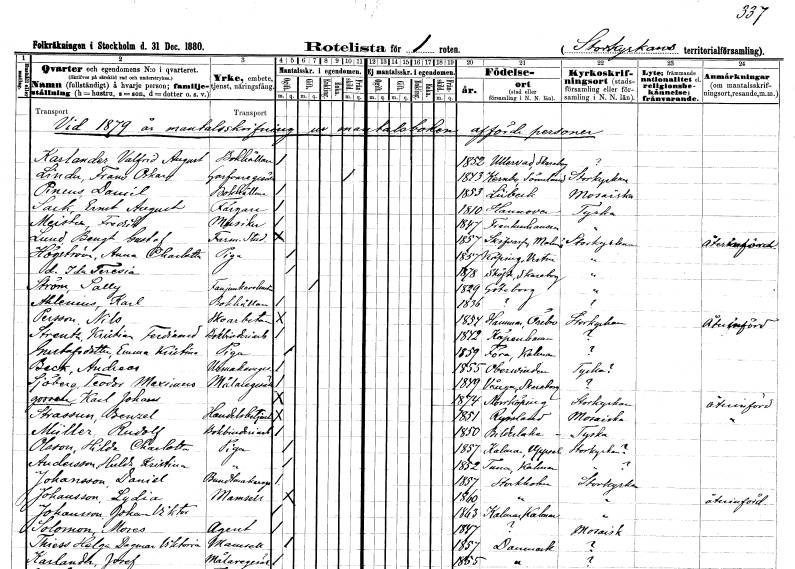
gt_parse: households: individuals: FN: Valfrid August
EN: Karlander
YRKE: Bokhållare
KON: M
CIV: O
FODAR: 1852
FODFORS: Ullervad Skaraborgs län
FN: Frans Oskar
EN: Linder
YRKE: Garvaregesäll
KON: M
CIV: X
FODAR: 1843
FODFORS: Kärnbo Södermanlands län
FN: Daniel
EN: Pineus
YRKE: Bokhållare
KON: M
CIV: O
FODAR: 1853
FN: Ernst August
EN: Sack
YRKE: Färgare
KON: M
CIV: O
FODAR: 1810
FN: Fredrik
EN: Meister
YRKE: Musiker
KON: M
CIV: O
FODAR: 1847
FN: Bengt Gustaf
EN: Lund
YRKE: Farm. student
KON: M
CIV: O
FODAR: 1857
FODFORS: Skivarp Malmöhus län
FN: Anna Charlotta
EN: Högström
YRKE: Piga
KON: K
CIV: O
FODAR: 1857
FODFORS: Köping Västmanlands län
FN: Ida Teresia
KON: K
CIV: O
FODAR: 1878
FODFORS: Skövde Skaraborgs län
FN: Sally
EN: Ström
YRKE: Fanjunkarehustru
KON: K
CIV: G
FODAR: 1829
FODFORS: Göteborg Göteborgs- och Bohuslän
FN: Karl
EN: Ahlenius
YRKE: Bokhållare
KON: M
CIV: O
FODAR: 1836
FN: Nils
EN: Persson
YRKE: Skoarbetare
KON: M
CIV: O
FODAR: 1854
FODFORS: Hammar Örebro län
FN: Kristian Ferdinand
EN: Streutz
YRKE: Bokbinderiarbetare
KON: M
CIV: O
FODAR: 1842
FN: Emma Kristina
EN: Gustafsdotter
YRKE: Piga
KON: K
CIV: O
FODAR: 1859
FODFORS: Föra Kalmar län
FN: Andreas
EN: Back
YRKE: Urmakaregesäll
KON: M
CIV: O
FODAR: 1855
FN: Teodor Maximus
EN: Sjöberg
YRKE: Målaregesäll
KON: M
CIV: O
FODAR: 1849
FODFORS: Vånga Skaraborgs län
FN: Karl Johan
KON: M
CIV: O
FODAR: 1874
FODFORS: Norrköping Östergötlands län
FN: Benzel
EN: Straussun
YRKE: Handelsbetjänt
KON: M
CIV: O
FODAR: 1851
FN: Rudolf
EN: Müller
YRKE: Bokbinderiarbetare
KON: M
CIV: O
FODAR: 1850
FN: Hilda Charlotta
EN: Olsson
YRKE: Piga
KON: K
CIV: O
FODAR: 1857
FODFORS: Kalmar Uppsala län
FN: Hulda Kristina
EN: Andersson
YRKE: Piga
KON: K
CIV: O
FODAR: 1852
FODFORS: Tuna Kalmar län
FN: Daniel
EN: Johansson
YRKE: Buntmakaregesäll
KON: M
CIV: O
FODAR: 1857
FODFORS: Stockholm
FN: Lydia
EN: Johansson
KON: K
CIV: O
FODAR: 1860
FODFORS: Stockholm
FN: Johan viktor
EN: Johansson
KON: M
CIV: O
FODAR: 1863
FODFORS: Kalmar Kalmar län